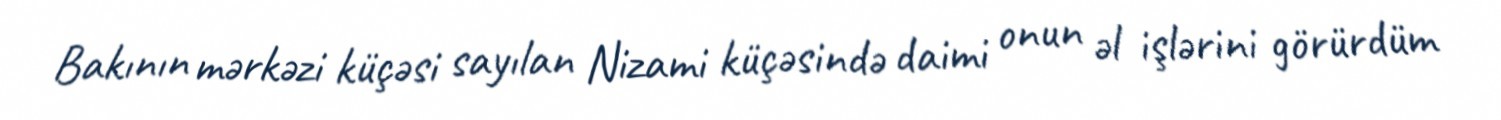
Bakının mərkəzi küçəsi sayılan Nizami küçəsində daimi onun əl işlərini görürdüm